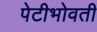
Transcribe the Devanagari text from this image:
पेटीभोवती